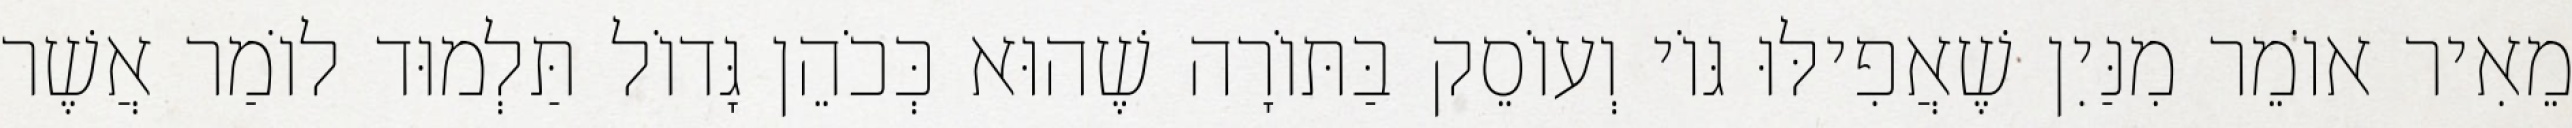
מֵאִיר אוֹמֵר מִנַּיִן שֶׁאֲפִילּוּ גּוֹי וְעוֹסֵק בַּתּוֹרָה שֶׁהוּא כְּכֹהֵן גָּדוֹל תַּלְמוּד לוֹמַר אֲשֶׁר